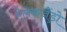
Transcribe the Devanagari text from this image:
ऐलेकजैंड्रो